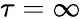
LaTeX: \tau=\infty